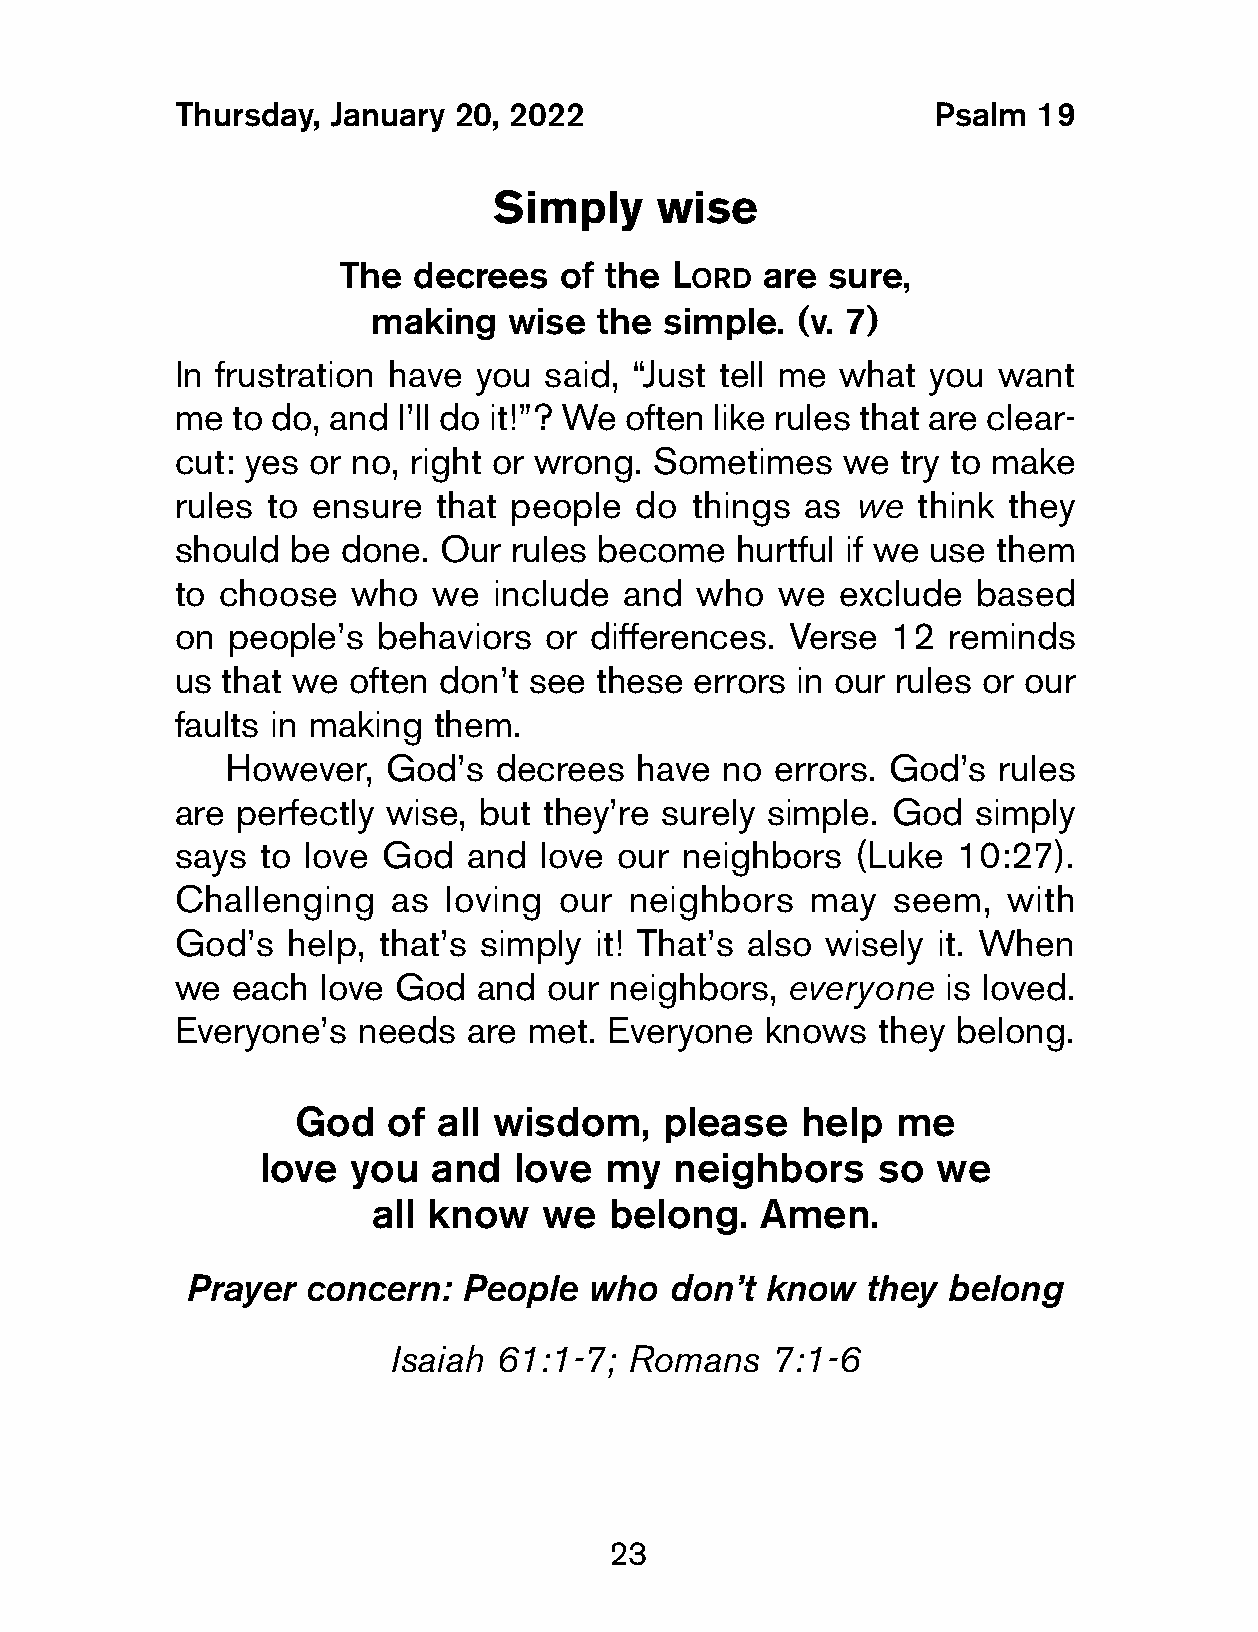
Thursday,  January 20, 2022                        Psalm  19
 Simply    wise
 The  decrees   of the L     are  sure,
 ord
 making    wise the  simple.  (v. 7)
 In frustration have you  said, “Just tell me what you  want
 me  to do, and I’ll do it!”? We often like rules that are clear-
 cut: yes or no, right or wrong. Sometimes    we try to make
 rules  to ensure  that people  do  things as  we  think they
 should  be done.  Our  rules become   hurtful if we use them
 to choose   who   we  include and  who  we  exclude  based
 on  people’s  behaviors  or differences. Verse  12  reminds
 us  that we often don’t see these  errors in our rules or our
 faults in making  them.
 However,  God’s   decrees  have  no errors. God’s  rules
 are  perfectly wise, but they’re surely simple. God  simply
 says  to love God   and  love our neighbors   (Luke 10:27).
 Challenging    as loving  our neighbors    may  seem,   with
 God’s   help, that’s simply it! That’s also wisely it. When
 we  each  love God   and our neighbors,  everyone  is loved.
 Everyone’s   needs  are met. Everyone   knows  they belong.
 God    of all wisdom,    please   help  me
 love  you  and   love  my  neighbors     so  we
 all know    we  belong.   Amen.
 Prayer  concern:   People  who  don’t  know  they  belong
 Isaiah 61:1-7; Romans    7:1-6
 23